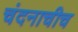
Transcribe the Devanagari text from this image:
चंदनाचीच